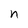
Character: n